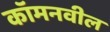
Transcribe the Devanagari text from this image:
कॉमनवील